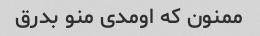
ممنون که اومدی منو بدرق